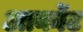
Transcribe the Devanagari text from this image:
आर्कोट